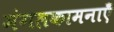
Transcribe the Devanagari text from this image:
मंगलकामनाएँ